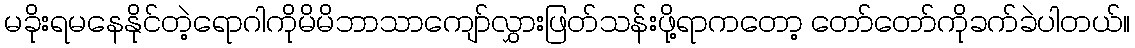
မခိုးရမနေနိုင်တဲ့ရောဂါကိုမိမိဘာသာကျော်လွှားဖြတ်သန်းဖို့ရာကတော့ တော်တော်ကိုခက်ခဲပါတယ်။